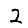
Digit: 2